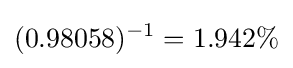
(0.98058)^{-1}=1.942\%